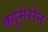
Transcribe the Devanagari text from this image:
क्युमेरोन